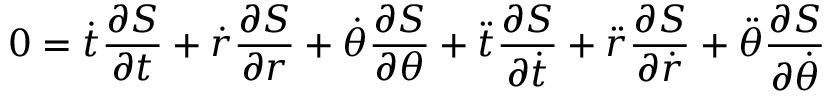
0 = { \dot { t } } { \frac { \partial S } { \partial t } } + { \dot { r } } { \frac { \partial S } { \partial r } } + { \dot { \theta } } { \frac { \partial S } { \partial \theta } } + { \ddot { t } } { \frac { \partial S } { \partial { \dot { t } } } } + { \ddot { r } } { \frac { \partial S } { \partial { \dot { r } } } } + { \ddot { \theta } } { \frac { \partial S } { \partial { \dot { \theta } } } }